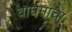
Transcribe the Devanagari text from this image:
वाघमाचा